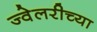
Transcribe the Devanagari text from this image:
ज्वेलरीच्या